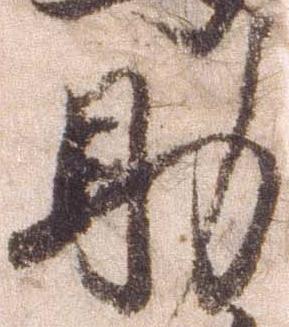
助